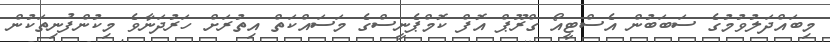
މިބައްދަލުވުމުގެ ސަބަބުން އެސްޓީއޯ ގްރޫޕް އޮފް ކޮމްޕެނީސްގެ މަސައްކަތް އިތުރަށް ހަރުދަނާވެ މިކުންފުނިތަކުން